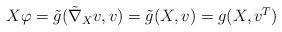
LaTeX: \begin{align*}\begin{aligned} X\varphi &=\tilde g(\tilde \nabla_X v,v)=\tilde g(X,v)=g(X,v^T)\end{aligned}\end{align*}